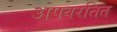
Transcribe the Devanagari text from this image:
अपवरतित